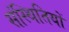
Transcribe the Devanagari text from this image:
संस्थितियों